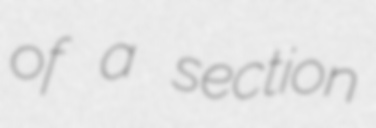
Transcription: of a section